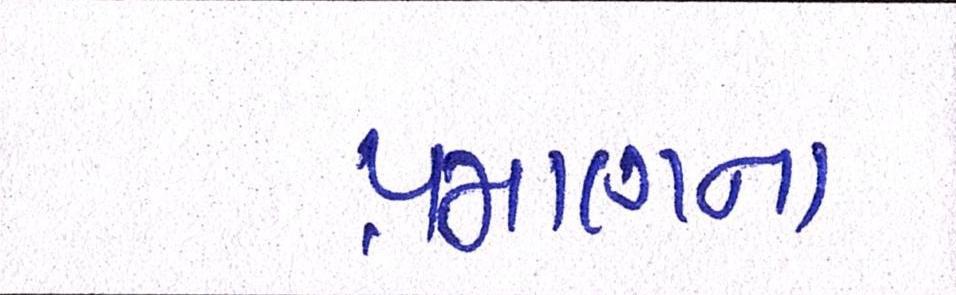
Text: પ્રમાણના